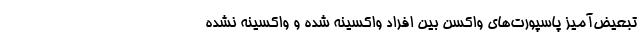
تبعیض‌آمیز پاسپورت‌های واکسن بین افراد واکسینه شده و واکسینه نشده